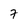
Character: 7